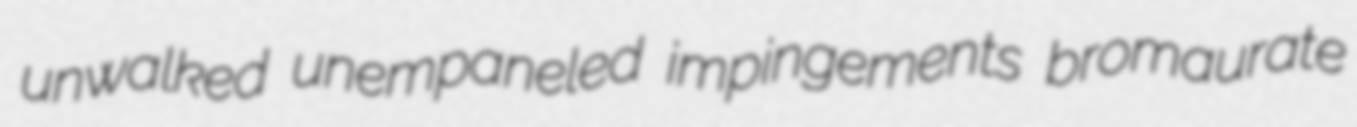
unwalked unempaneled impingements bromaurate